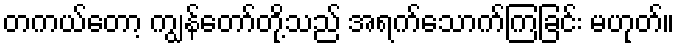
တကယ်တော့ ကျွန်တော်တို့သည် အရက်သောက်ကြခြင်း မဟုတ်။